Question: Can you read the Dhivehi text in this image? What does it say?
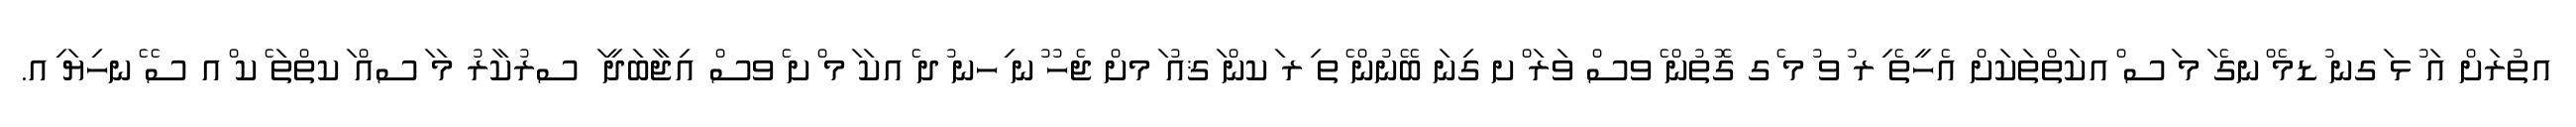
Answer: އތުރަށް އަ ުޅ ަގނ ުޑމެ ްނގެ ަމ ަސ ްއކަތްތަކަށް އެހީތެ ިރ ުވ ުމ ެގ ގޮތުން ެވސް ވަރަ ްށ ގިނަ ބޭނުން ެތ ިރ ަކން ަޤއު ަމށް ޖެހު ުނ ިހނ ުދ ެއކަ ަމ ްށ ެވސް އިޖާބަދީ ަ ސރުކާރު މަ ަސއް ަކތްތަ ެކ ްއ ސެ ެނހިޔަ ިއ.